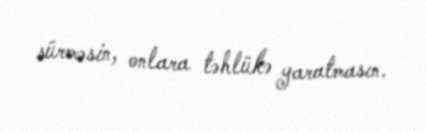
sürməsin, onlara təhlükə yaratmasın.